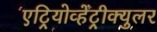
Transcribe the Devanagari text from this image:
एट्रियोव्हेंट्रीक्युलर